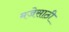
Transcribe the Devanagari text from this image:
मजेसाठी